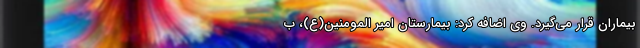
بیماران قرار می‌گیرد. وی اضافه کرد: بیمارستان امیر المومنین(ع)، ب